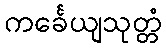
ကင်္ခေယျသုတ္တံ